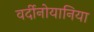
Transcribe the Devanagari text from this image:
वर्दीनोयानिया